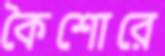
কৈশোরে